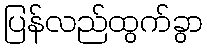
ပြန်လည်ထွက်ခွာ